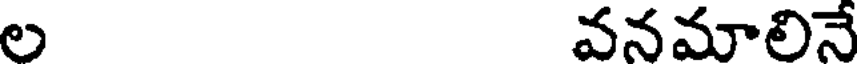
ల వనమాలినే